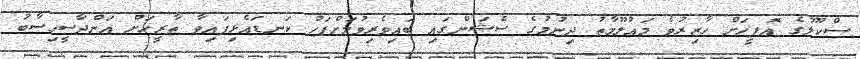
ސްކޫލުގެ އޮފީހަށް ހާޒިރުވެ މަޢުލޫމާތު ދިނުމުގެ ސެޝަންގައި ބައިވެރިވުމަށްފަހު ކަނޑައެޅިފައިވާ ތާރީޚަށް އަންދާސީހިސާބު